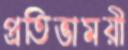
প্রতিভাময়ী